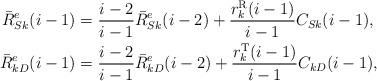
LaTeX: \begin{align*} \bar R_{Sk}^e(i-1)&= \frac{i-2}{i-1} \bar R_{Sk}^e(i-2)+\frac{r_k^{\rm R}(i-1)}{i-1}C_{Sk}(i-1) ,\\\bar R_{kD}^e(i-1)&= \frac{i-2}{i-1} \bar R_{kD}^e(i-2)+\frac{r_k^{\rm T}(i-1)}{i-1}C_{kD}(i-1) ,\end{align*}